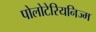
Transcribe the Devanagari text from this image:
पोलोटेरियनिज्म